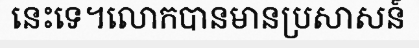
នេះទេ។លោកបានមានប្រសាសន៍